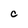
Character: C